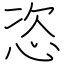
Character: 恣